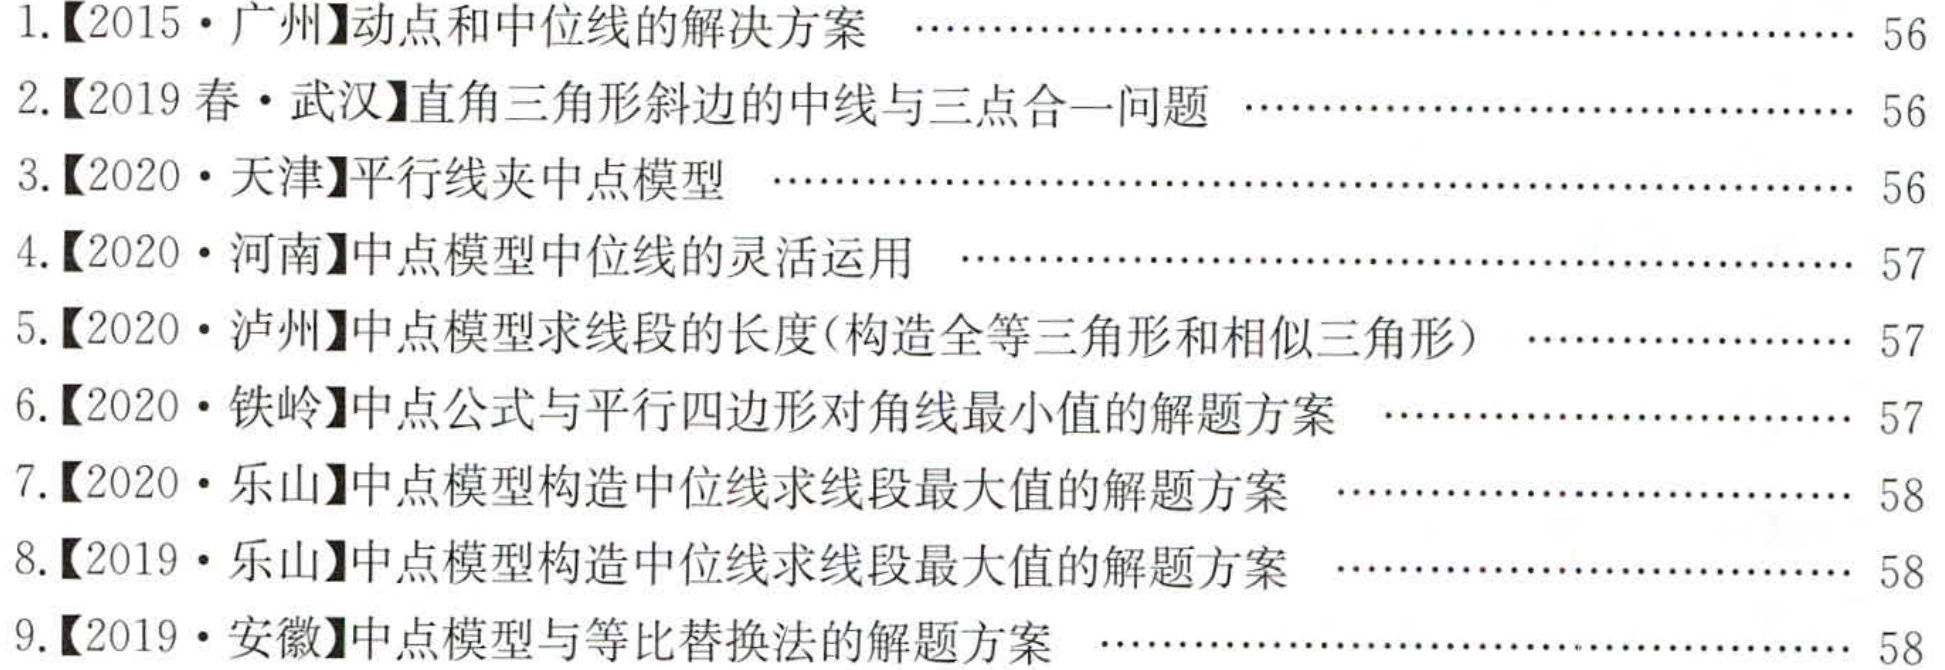
1.【2015·广州】动点和中位线的解决方案 \hfill 56
2.【2019春·武汉】直角三角形斜边的中线与三点合一问题 \hfill 56
3.【2020·天津】平行线夹中点模型 \hfill 56
4.【2020·河南】中点模型中位线的灵活运用 \hfill 57
5.【2020·泸州】中点模型求线段的长度(构造全等三角形和相似三角形) \hfill 57
6.【2020·铁岭】中点公式与平行四边形对角线最小值的解题方案 \hfill 57
7.【2020·乐山】中点模型构造中位线求线段最大值的解题方案 \hfill 58
8.【2019·乐山】中点模型构造中位线求线段最大值的解题方案 \hfill 58
9.【2019·安徽】中点模型与等比替换法的解题方案 \hfill 58